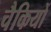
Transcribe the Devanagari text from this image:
चैकियों